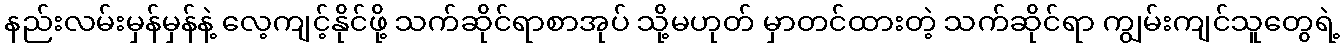
နည်းလမ်းမှန်မှန်နဲ့ လေ့ကျင့်နိုင်ဖို့ သက်ဆိုင်ရာစာအုပ် သို့မဟုတ် မှာတင်ထားတဲ့ သက်ဆိုင်ရာ ကျွမ်းကျင်သူတွေရဲ့